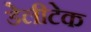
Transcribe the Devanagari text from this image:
डेलीटेक